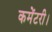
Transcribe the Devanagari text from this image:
कमेंटरी।